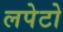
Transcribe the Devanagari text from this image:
लपेटो